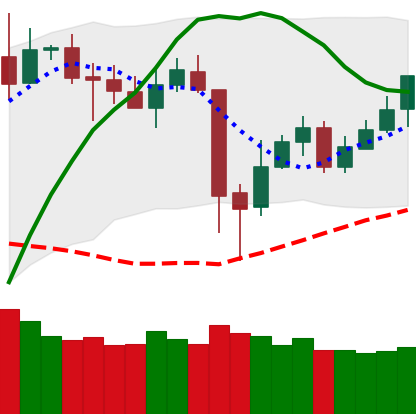
Ticker: BNB-USD
Chart end date: 2020-05-19
Forward return: -6.245%
Label: down_5_7